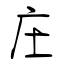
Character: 庄